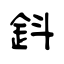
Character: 鈄